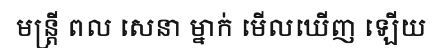
មន្ត្រី ពល សេនា ម្នាក់ មើលឃើញ ឡើយ